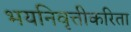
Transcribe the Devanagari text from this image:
भयनिवृत्तीकरिता